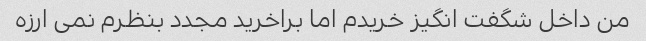
من داخل شگفت انگیز خریدم اما براخرید مجدد بنظرم نمی ارزه